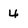
Character: 4